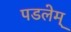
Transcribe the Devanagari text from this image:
पडलेम्